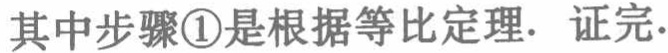
其中步骤\textcircled{1}是根据等比定理. 证完.